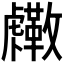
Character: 𧈓